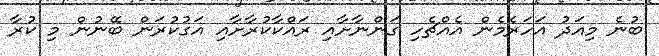
ބުނެ މިއަދު އަހަރެމެން އެއްޗެހި ގަންނާށާއި ރައްކާކުރާށާއި އަގުކުރަން ބޭނުން މި ކުރާ